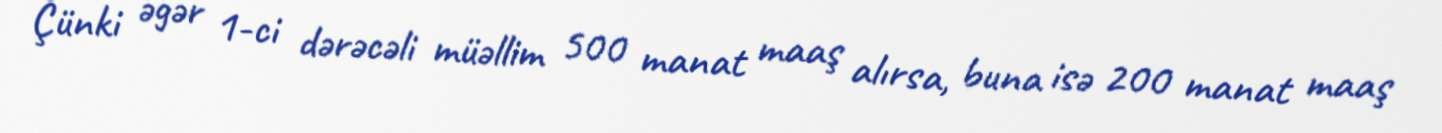
Çünki əgər 1-ci dərəcəli müəllim 500 manat maaş alırsa, buna isə 200 manat maaş